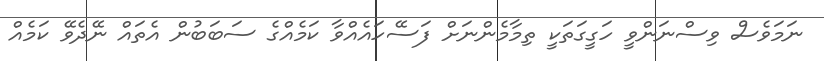
ނަމަވެސް ވިސްނަންވީ ހަގީގަތަކީ ތިމާމެންނަށް ފަސޭހައެއްވާ ކަމެއްގެ ސަބަބުން އެތައް ނޭދެވޭ ކަމެއް